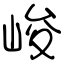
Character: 峻